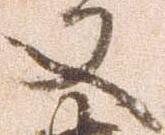
又